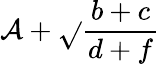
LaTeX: \mathcal{A}+\sqrt{}{{\frac{{b+c}}{{d+f}}}}